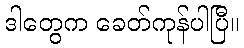
ဒါတွေက ခေတ်ကုန်ပါပြီ။